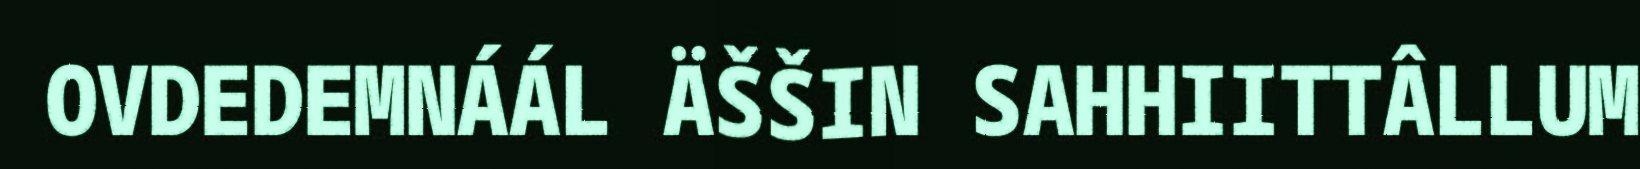
OVDEDEMNÁÁL ÄŠŠIN SAHHIITTÂLLUM